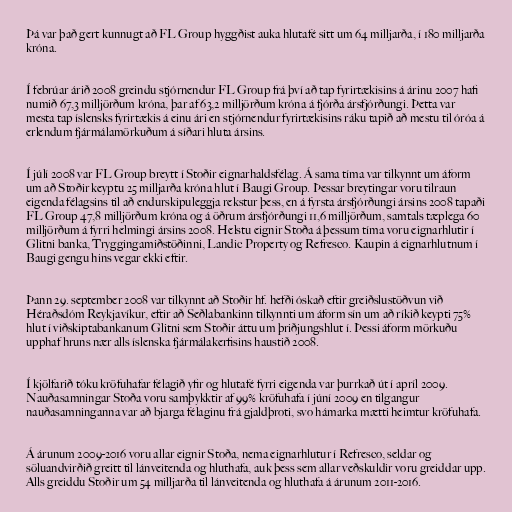
Þá var það gert kunnugt að FL Group hyggðist auka hlutafé sitt um 64 milljarða, í 180 milljarða
króna.

Í febrúar árið 2008 greindu stjórnendur FL Group frá því að tap fyrirtækisins á árinu 2007 hafi
numið 67,3 milljörðum króna, þar af 63,2 milljörðum króna á fjórða ársfjórðungi. Þetta var
mesta tap íslensks fyrirtækis á einu ári en stjórnendur fyrirtækisins ráku tapið að mestu til óróa á
erlendum fjármálamörkuðum á síðari hluta ársins.

Í júlí 2008 var FL Group breytt í Stoðir eignarhaldsfélag. Á sama tíma var tilkynnt um áform
um að Stoðir keyptu 25 milljarða króna hlut í Baugi Group. Þessar breytingar voru tilraun
eigenda félagsins til að endurskipuleggja rekstur þess, en á fyrsta ársfjórðungi ársins 2008 tapaði
FL Group 47,8 milljörðum króna og á öðrum ársfjórðungi 11,6 milljörðum, samtals tæplega 60
milljörðum á fyrri helmingi ársins 2008. Helstu eignir Stoða á þessum tíma voru eignarhlutir í
Glitni banka, Tryggingamiðstöðinni, Landic Property og Refresco. Kaupin á eignarhlutnum í
Baugi gengu hins vegar ekki eftir.

Þann 29. september 2008 var tilkynnt að Stoðir hf. hefði óskað eftir greiðslustöðvun við
Héraðsdóm Reykjavíkur, eftir að Seðlabankinn tilkynnti um áform sín um að ríkið keypti 75%
hlut í viðskiptabankanum Glitni sem Stoðir áttu um þriðjungshlut í. Þessi áform mörkuðu
upphaf hruns nær alls íslenska fjármálakerfisins haustið 2008.

Í kjölfarið tóku kröfuhafar félagið yfir og hlutafé fyrri eigenda var þurrkað út í apríl 2009.
Nauðasamningar Stoða voru samþykktir af 99% kröfuhafa í júní 2009 en tilgangur
nauðasamninganna var að bjarga félaginu frá gjaldþroti, svo hámarka mætti heimtur kröfuhafa.

Á árunum 2009-2016 voru allar eignir Stoða, nema eignarhlutur í Refresco, seldar og
söluandvirðið greitt til lánveitenda og hluthafa, auk þess sem allar veðskuldir voru greiddar upp.
Alls greiddu Stoðir um 54 milljarða til lánveitenda og hluthafa á árunum 2011-2016.